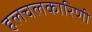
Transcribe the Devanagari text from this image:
हलचलकारिणी